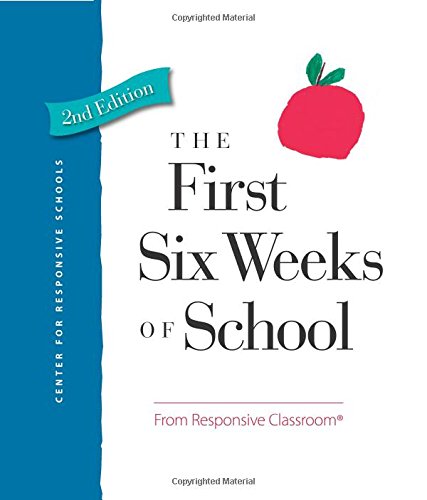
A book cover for The First Six Weeks of School; Responsive Classroom; Education & Teaching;